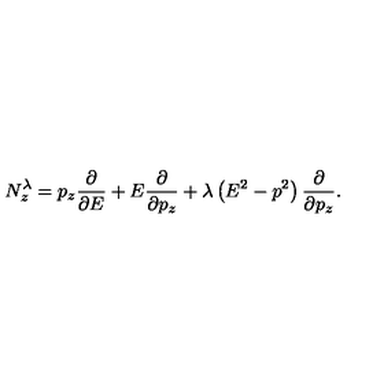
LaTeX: N _ { z } ^ { \lambda } = p _ { z } { \frac { \partial } { \partial E } } + E { \frac { \partial } { \partial p _ { z } } } + \lambda \left( E ^ { 2 } - p ^ { 2 } \right) { \frac { \partial } { \partial p _ { z } } } .